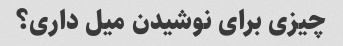
چیزی برای نوشیدن میل داری؟